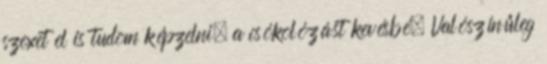
szexet el is tudom képzelni, a csókolózást kevésbé. Valószínűleg